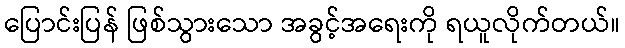
ပြောင်းပြန် ဖြစ်သွားသော အခွင့်အရေးကို ရယူလိုက်တယ်။